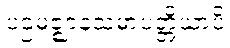
ပဌမဇ္ဈာနသမာပတ္တိယာပိ